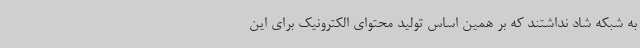
به شبکه شاد نداشتند که بر همین اساس تولید محتوای الکترونیک برای این